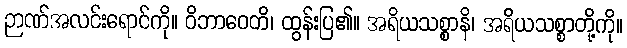
ဉာဏ်အလင်းရောင်ကို။ ဝိဘာဝေတိ၊ ထွန်းပြ၏။ အရိယသစ္စာနိ၊ အရိယသစ္စာတို့ကို။